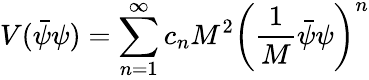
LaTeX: V(\bar{\psi}\psi)=\sum_{n=1}^{\infty}c_{n}M^{2}\left(\frac{1}{M}\bar{\psi}\psi\right)^{n}